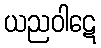
ယညဝါဋေ